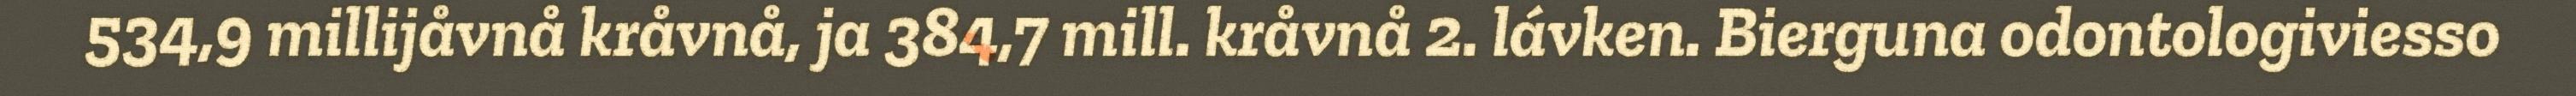
534,9 millijåvnå kråvnå, ja 384,7 mill. kråvnå 2. lávken. Bierguna odontologiviesso